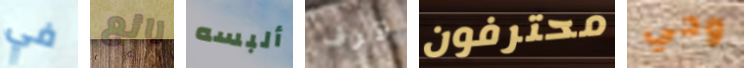
في رائع ألبسه قرف محترفون وحي